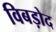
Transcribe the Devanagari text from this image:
विबड़ोद